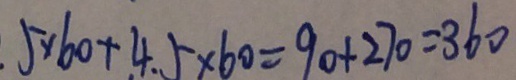
. 5 \times 6 0 + 4 . 5 \times 6 0 = 9 0 + 2 7 0 = 3 6 0